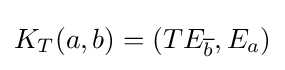
K_{T}(a,b)=(TE_{\overline {b}},E_{a})